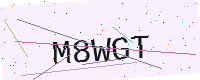
Text: M8WGT